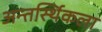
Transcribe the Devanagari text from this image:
अन्तर्स्थिकला